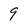
Character: 9